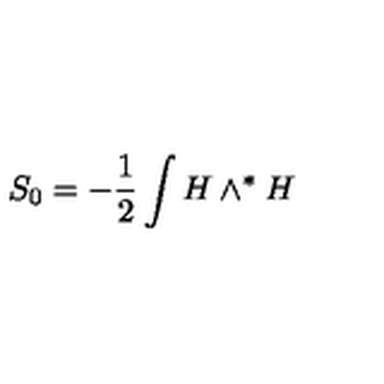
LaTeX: S _ { 0 } = - \frac { 1 } { 2 } \int H \wedge ^ { \ast } H